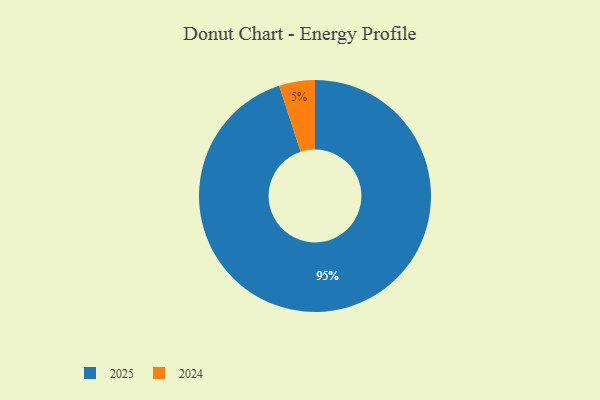
{"axis": {"x": "Category", "y": "Percentage"}, "legend": ["2024", "2025"], "data": [{"x": "2024", "y": 5, "type": "2024"}, {"x": "2025", "y": 95, "type": "2025"}]}